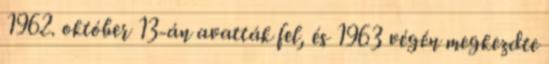
1962. október 13-án avatták fel, és 1963 végén megkezdte